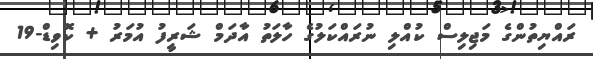
ރައްޔިތުންގެ މަޖިލިސް ކުއްލި ނުރައްކަލުގެ ހާލަތު އާދަމް ޝަރީފު އުމަރު + ކޮވިޑް-19